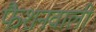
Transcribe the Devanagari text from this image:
फैशनवाली